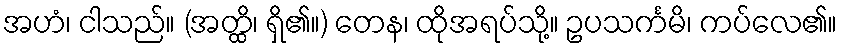
အဟံ၊ ငါသည်။ (အတ္ထိ၊ ရှိ၏။) တေန၊ ထိုအရပ်သို့။ ဥပသင်္ကမိ၊ ကပ်လေ၏။